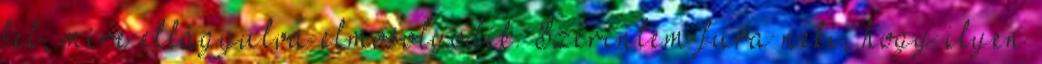
fel, mire ellágyulva elmosolyodik. Szerintem fura neki, hogy ilyen